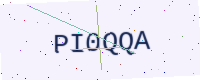
Text: PI0QQA